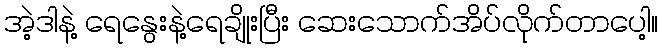
အဲ့ဒါနဲ့ ရေနွေးနဲ့ရေချိုးပြီး ဆေးသောက်အိပ်လိုက်တာပေါ့။